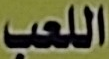
اللعب